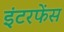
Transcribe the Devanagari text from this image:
इंटरफेंस